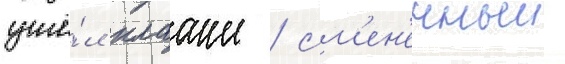
ушё́л клааше / см'ен'енныи